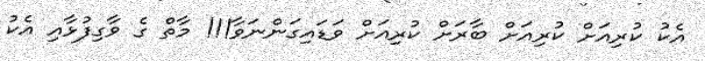
އެކު ކުރިއަށް ކުރިއަށް ބާރަށް ކުރިއަށް ވަޑައިގަންނަވާ!!! މާތް ގެ ވާގިފުޅާއި އެކު